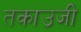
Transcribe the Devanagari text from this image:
तकाउजी